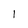
Character: l